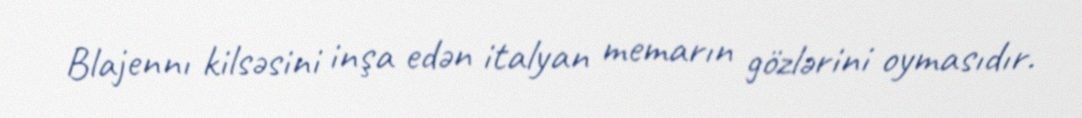
Blajennı kilsəsini inşa edən italyan memarın gözlərini oymasıdır.